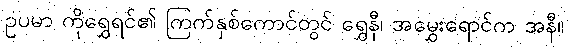
ဥပမာ ကိုရွှေရင်၏ ကြက်နှစ်ကောင်တွင် ရွှေနီ၊ အမွှေးရောင်က အနီ။